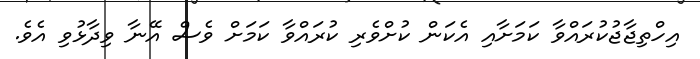
އިހްތިޖާޖުކުރައްވާ ކަމަށާއި އެކަން ކުށްވެރި ކުރައްވާ ކަމަށް ވެސް އޭނާ ވިދާޅުވި އެވެ.